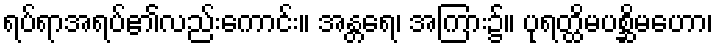
ရပ်ရာအရပ်၏လည်းကောင်း။ အန္တရေ၊ အကြား၌။ ပုရတ္ထိမပစ္ဆိမဟော၊